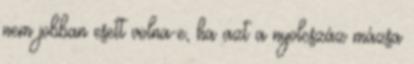
nem jobban esett volna-e, ha azt a nyolcszáz mázsa